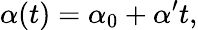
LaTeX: \alpha(t)=\alpha_{0}+\alpha^{\prime}t,